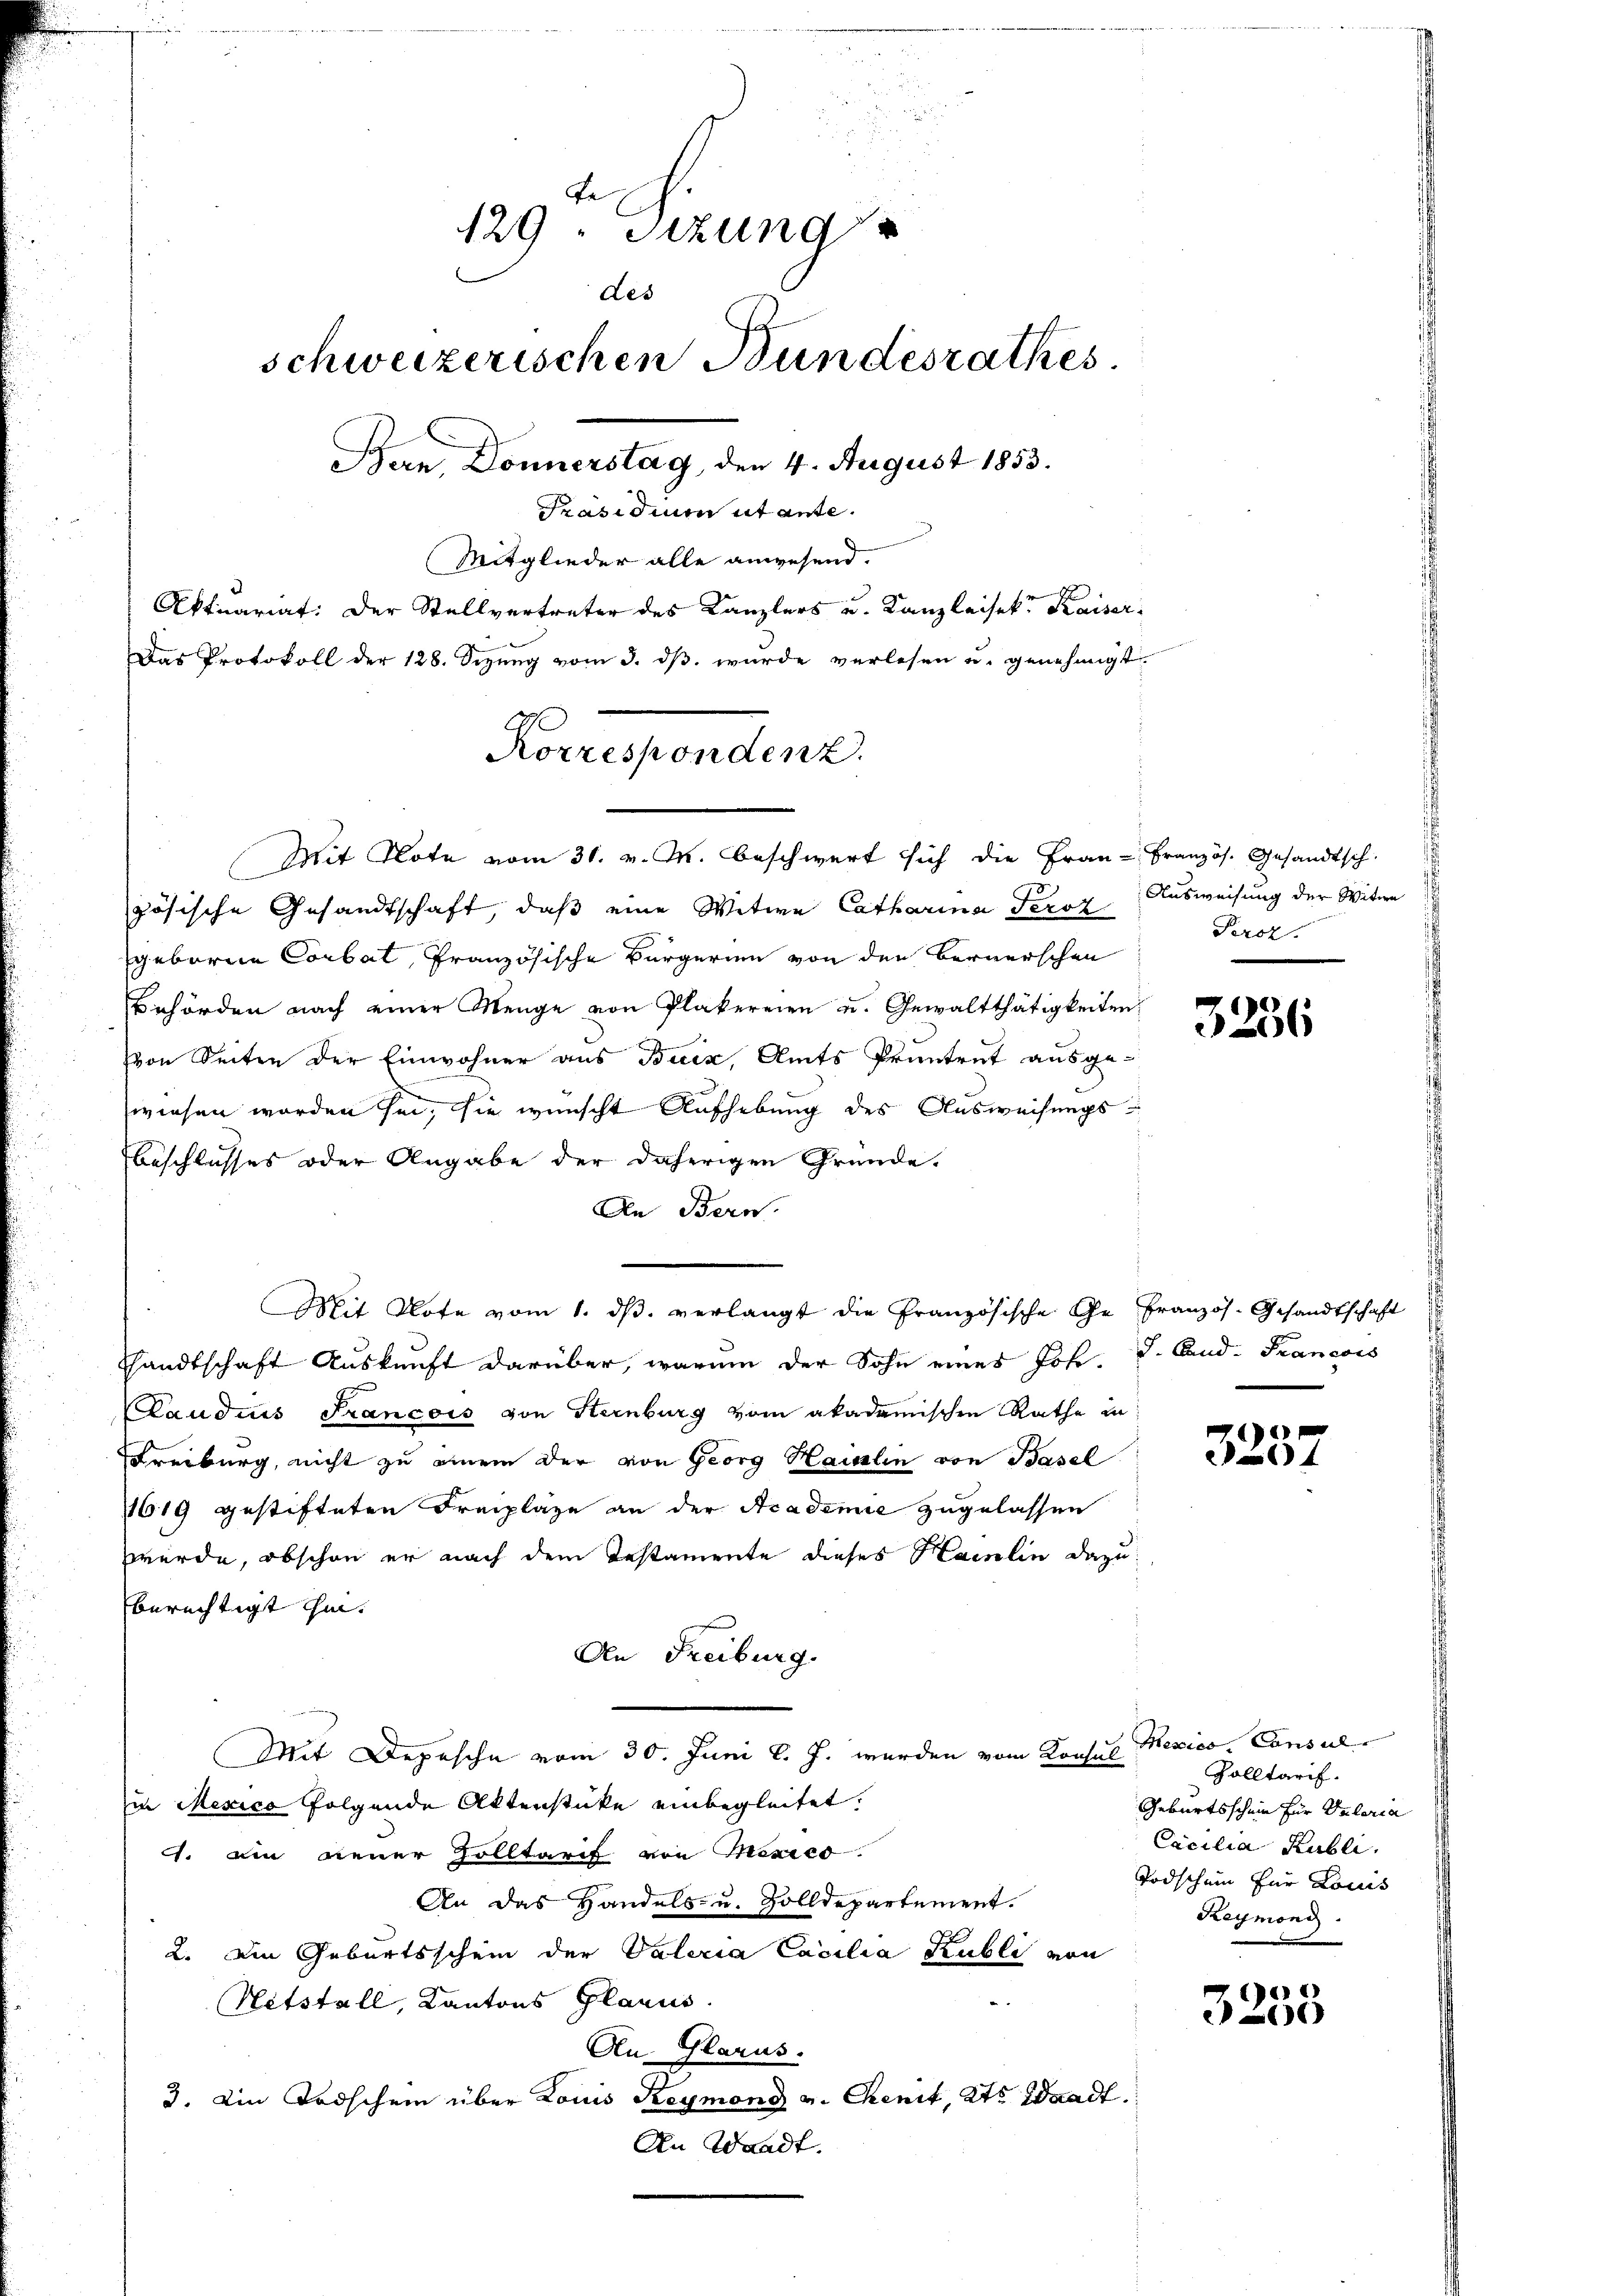
d
Fe
129. Sitzung
des
schweizerischen Bundesrathes.
Ban Donnerstag, den 4. August 1853.
Präsidium ut ante.
Mitglieder alle anwesend.

Aktuariat. Der Stellvertreter des Kanzlers u. Kanzleisek. Kaiser¬
Das Protokoll der 128. Sizung vom 3. ds. wurde verlesen u. genehmigt.
zösische Gesandtschaft, daß eine Witwe Catharina Peroz Ausweisung der Witwe
geborene Corbat, französische Bürgerin von den Bernerschen
Behörden nach einer Menge von Plakereien u. Gewaltthätigkeiten
von Seiten der Einwohner aus Buiz, Amts Pruntrut ausge-
wiesen worden sei, sie wünscht Aufhebung des Ausweisungsbeschlusses oder Angabe der daherigen Gründe.
An Bern.
Mit Klote vom 1. dβ. verlangt die Französische Ge französ. Gesandtschaft
shandtschaft Auskunft darüber, warum der Sohn eines Joh. J. Cand. Francois
Paudius Francois von Sternburg vom akademischen Rathe in
Freiburg, nicht zu einem der von Georg Hainlin von Basel
11619 gestifteten Freiplage an der Academie zugelassen
werde, obschon er nach dem Testamente dieses Hainlin dazu
berechtigt hin.
An Freiburg.
Mit Depesche vom 30. Juni l. J. wurden vom Konsul
in Mexico folgende Aktenstücke einbegleitet.
. Ain neuer Zolltarif von Mexico.
An das Handels- u. Zolldepartement.
2. Die Geburtsschein der Vateria Cocilia Kubli von
Nitstall, Kantons Glarus.
Au- Glarus.
3. Ein Todschein über Louis Reymond u. Chenit, 2te Waadt.
An Waadt.

N
Norrespondenz.
Mit Note vom 31. v. M. beschwert sich die Frau - Französ. Gesandtsch.

Proz

3256

3237

Mexico Consul
Zolltarif.
Geburtsschein für Vateria
Cacilia Publi
Todschein für Louis
Reymond.

3255